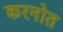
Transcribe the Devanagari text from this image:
करनोत